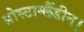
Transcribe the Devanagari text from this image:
प्रोस्टाग्लैंडीन।